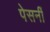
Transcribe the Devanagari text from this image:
पेसनीं